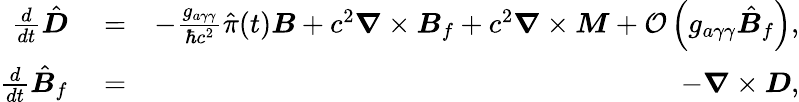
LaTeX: \begin{array}{rlr}{\frac{d}{dt}\hat{\boldsymbol D}}&{{}=}&{-\frac{g_{a\gamma\gamma}}{\hbar c^{2}}\hat{\pi}(t){\boldsymbol B}+c^{2}\boldsymbol\nabla\times{\boldsymbol B}_{f}+c^{2}\boldsymbol\nabla\times{\boldsymbol M}+\mathcal O\left(g_{a\gamma\gamma}\hat{\boldsymbol B}_{f}\right),}\\ {\frac{d}{dt}\hat{\boldsymbol B}_{f}}&{{}=}&{-\boldsymbol\nabla\times{\boldsymbol D},}\end{array}